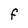
Character: F